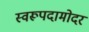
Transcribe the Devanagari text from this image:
स्वरूपदामोदर